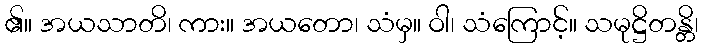
၏။ အယသာတိ၊ ကား။ အယတော၊ သံမှ။ ဝါ၊ သံကြောင့်။ သမုဋ္ဌိတန္တိ၊